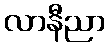
လာနီညာ